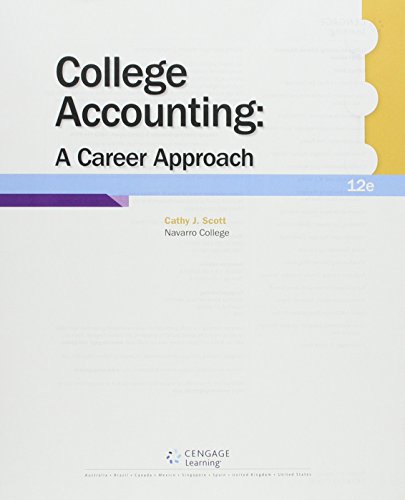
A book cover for College Accounting: Career Approach with Quickbooks Accountant 2015 CD-ROM: A Career Approach (with Quickbooks Accountant 2015 CD-ROM); Cathy J. Scott; Computers & Technology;